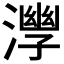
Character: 𣾧